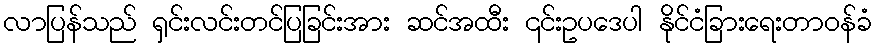
လာပြန်သည် ရှင်းလင်းတင်ပြခြင်းအား ဆင်အထီး ၎င်းဥပဒေပါ နိုင်ငံခြားရေးတာဝန်ခံ